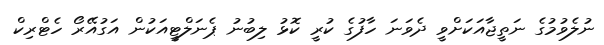
ނުލެވުމުގެ ނަތީޖާއަކަށްވީ ދެވަނަ ހާފުގެ ކުރީ ކޮޅު ލިބުނު ޕެނަލްޓީއަކުން އަގުއޭރޯ ހެޓްރިކް